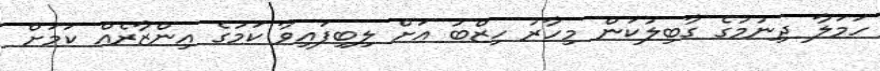
ހަމަލާ ދިނުމުގެ ގާބިލުކަން މިހާރު ހިޒްބު އަށް ލިބިފައިވާ ކަމުގެ އިންޒާރެއް ކަމަށް